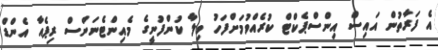
އެ ފަރާތުން އައިސް އިންސްޕެކްޓް ކުރެއްވުމަށްފަހު ވިލާ ކުންފުނީގެ މެއިންޓެނަންސް ރިޕެއާ އެންޑް